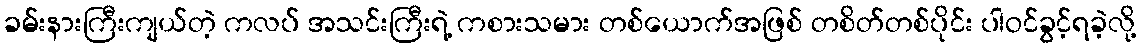
ခမ်းနားကြီးကျယ်တဲ့ ကလပ် အသင်းကြီးရဲ့ ကစားသမား တစ်ယောက်အဖြစ် တစိတ်တစ်ပိုင်း ပါဝင်ခွင့်ရခဲ့လို့